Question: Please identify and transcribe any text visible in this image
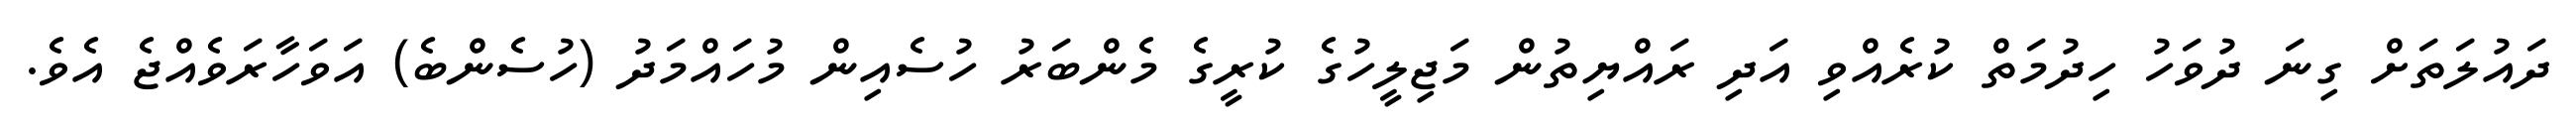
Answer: ދައުލަތަށް ގިނަ ދުވަހު ހިދުމަތް ކުރެއްވި އަދި ރައްޔިތުން މަޖިލީހުގެ ކުރީގެ މެންބަރު ހުސެއިން މުހައްމަދު (ހުސެންބެ) އަވަހާރަވެއްޖެ އެވެ.